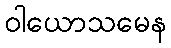
ဝါယောသမေန